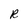
Character: R